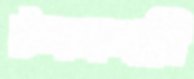
টলমলানি